Indian Medical Review
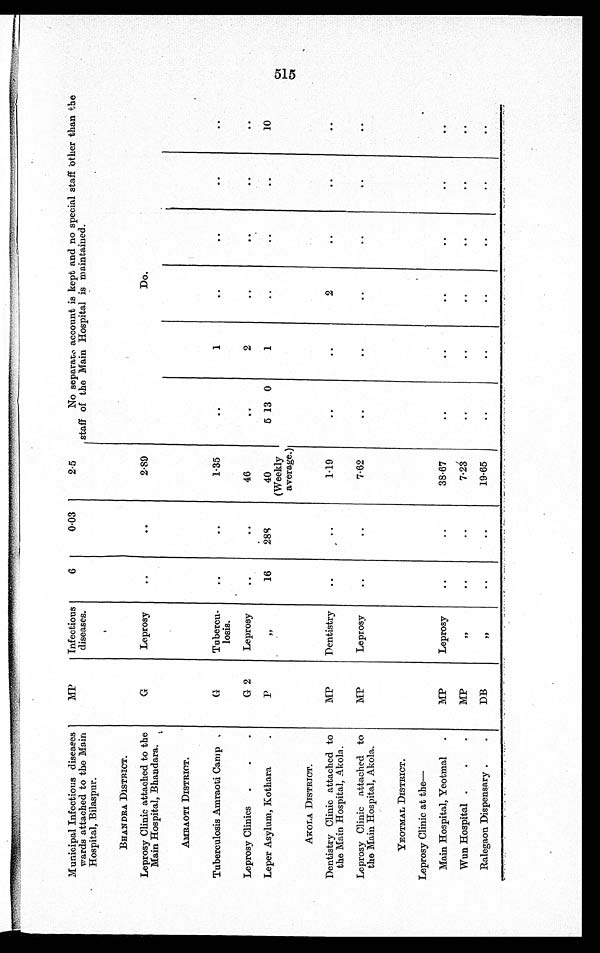
Municipal Infectious diseases
wards attached to the Main
Hospital, Bilaspur.
MP
Infectious
diseases.
6
0.03
2.5
No separate account is kept and no special staff other than the
staff of the Main Hospital is maintained.
BHANDRA DISTRICT.
Leprosy Clinic attached to the
Main Hospital, Bhandara.
G
Leprosy
. .
. .
2.89
Do.
AMRAOTI DISTRICT.
Tuberculosis Amraoti Camp
G
Tubercu-
losis.
. .
. .
1.35
. .
1
. .
. .
. .
. .
Leprosy Clinics
G 2
Leprosy
. .
. .
46
. . 2
. .
. .
. .
. .
Leper Asylum, Kothara
P
"
16
28
40
(Weekly
average.)
5 13 0
1
. .
. .
. .
10
AKOLA DISTRICT.
Dentistry Clinic attached to
the Main Hospital, Akola.
M P
Dentistry
. .
. .
1.19
. .
. .2
. .
. .
. .
Leprosy Clinic attached to
the Main Hospital, Akola.
MP
Leprosy
. .
. .
7.62
. .
. .
. .
. .
. .
. .
YEOTMAL DISTRICT.
Leprosy Clinic at the—
Main Hospital, Yeotmal
MP
Leprosy
. .
. .
38.67
. .
. .
. .
. .
. .
. .
Wun Hospital
MP
"
. .
. .
7.23
. .
. .
. .
. .
. .
. .
Ralegaon Dispensary
DB
"
. .
. .
19.65
. .
. .
. .
. .
. .
. .